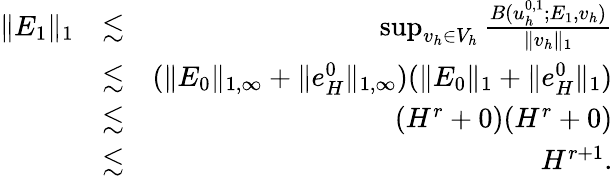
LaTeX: \begin{array}{rlr}{\| E_{1}\| _{1}}&{\lesssim}&{\operatorname*{sup}_{v_{h}\in V_{h}}\frac{B(u_{h}^{0,1};E_{1},v_{h})}{\| v_{h}\| _{1}}}\\ &{\lesssim}&{(\| E_{0}\| _{1,\infty}+\| e_{H}^{0}\| _{1,\infty})(\| E_{0}\| _{1}+\| e_{H}^{0}\| _{1})}\\ &{\lesssim}&{(H^{r}+0)(H^{r}+0)}\\ &{\lesssim}&{H^{r+1}.}\end{array}